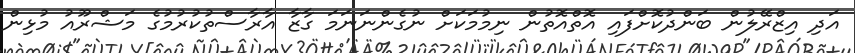
އަދި އިޒްރޭލުން ބަންދުކޮށްފައި އޮތްއޮތުން ނިމުމަކަށް ނުގެންނަނަަމަ ގާޒާ އާރާސްތުކުރުމުގެ މަޝްރޫއު މުޅިން